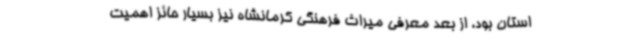
استان بود، از بعد معرفی میراث فرهنگی کرمانشاه نیز بسیار حائز اهمیت